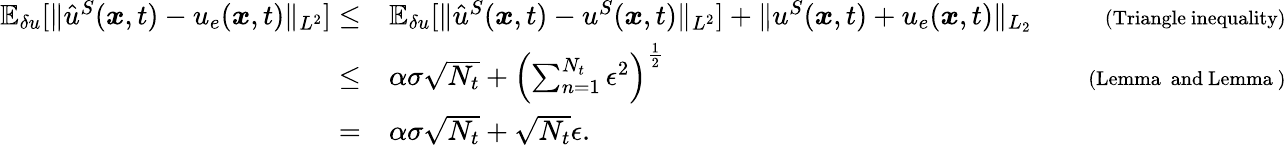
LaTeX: \begin{array}{rlr}{\mathbb{E}_{\delta u}[\| \hat{u}^{S}(\boldsymbol{x},t)-u_{e}(\boldsymbol{x},t)\| _{L^{2}}]\le}&{\mathbb{E}_{\delta u}[\| \hat{u}^{S}(\boldsymbol{x},t)-u^{S}(\boldsymbol{x},t)\| _{L^{2}}]+\| u^{S}(\boldsymbol{x},t)+u_{e}(\boldsymbol{x},t)\| _{L_{2}}}&{\quad{\scriptstyle(\mathrm{Triangle~inequality})}}\\ {\le}&{\alpha\sigma\sqrt{N_{t}}+\left(\sum_{n=1}^{N_{t}}\epsilon^{2}\right)^{\frac{1}{2}}}&{\quad{\scriptstyle(\mathrm{Lemma~~and~Lemma~})}}\\ {=}&{\alpha\sigma\sqrt{N_{t}}+\sqrt{N_{t}}\epsilon.}&\end{array}